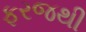
ફરજથી